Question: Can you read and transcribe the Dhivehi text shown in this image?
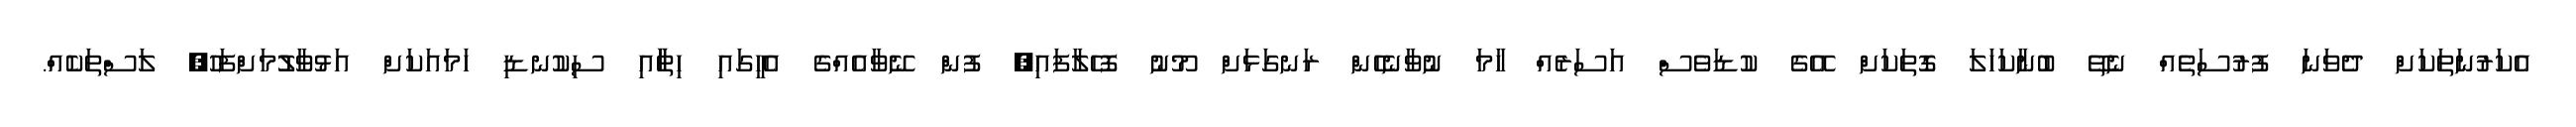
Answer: އެކަރުނަތަކަށް ދެވަނަ ފުރުސަތެއް ނެތޭ ބުނާކަހަލަ ގޮތަކަށް އޭގެ ކުޑަވެސް އަސަރެއް ހާމަ ނުވާނެހެން ރަނގަޅަށް މޫނު ފޮހެލާފައި, ފުން ނޭވާއެއްގެ އެހީގައި ހިތާާއި ސިކުނޑި ހަމައަކަށް އަޅުވާލުުމަށްފަހު, ލަސްތަކެއް.